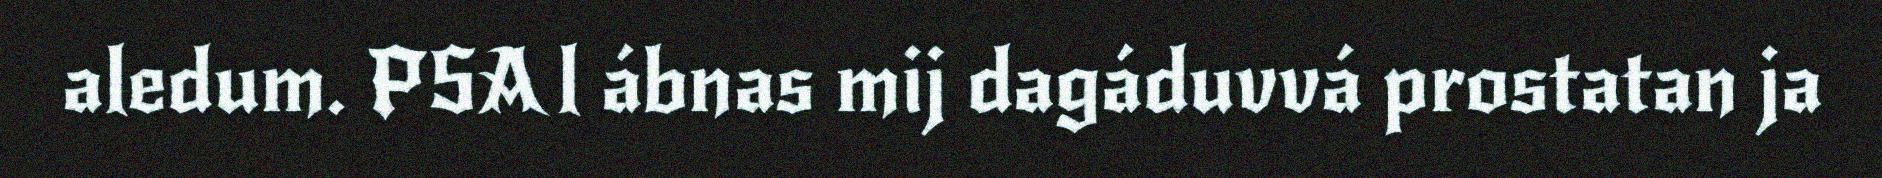
aledum. PSA l ábnas mij dagáduvvá prostatan ja